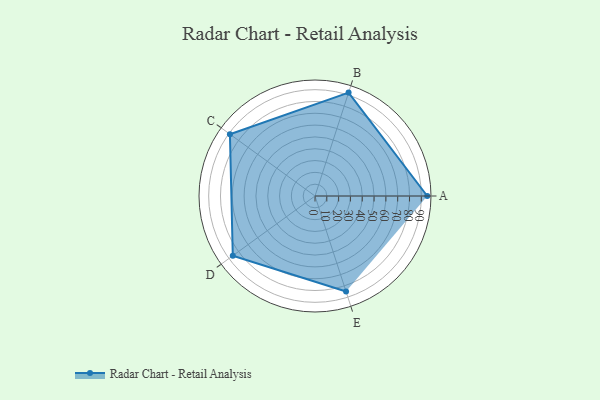
{"axis": {"x": "Skill", "y": "Score"}, "legend": ["Profile"], "data": [{"x": "A", "y": 95.0, "type": "Profile"}, {"x": "B", "y": 92.0, "type": "Profile"}, {"x": "C", "y": 89.0, "type": "Profile"}, {"x": "D", "y": 86.0, "type": "Profile"}, {"x": "E", "y": 85.0, "type": "Profile"}]}